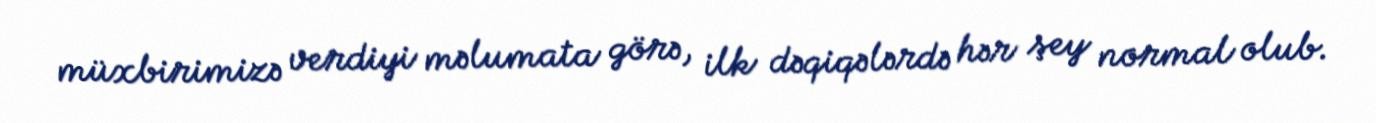
müxbirimizə verdiyi məlumata görə, ilk dəqiqələrdə hər şey normal olub.